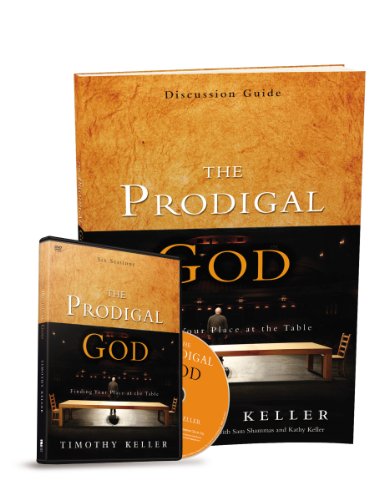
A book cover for The Prodigal God Discussion Guide with DVD: Finding Your Place at the Table; Timothy Keller; Christian Books & Bibles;